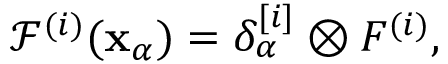
\mathcal F ^ { ( i ) } ( \ensuremath { \mathbf { x } } _ { \alpha } ) = \delta _ { \alpha } ^ { [ i ] } \otimes F ^ { ( i ) } ,